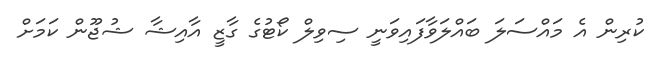
ކުރިން އެ މައްސަލަ ބައްލަވާފައިވަނީ ސިވިލް ކޯޓުގެ ގާޒީ އާއިޝާ ޝުޖޫން ކަމަށް